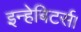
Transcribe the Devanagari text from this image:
इन्हेबिटर्स।